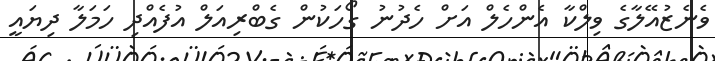
ވެނެޒުއޭލާގެ ވިލްކާ އެންހެލް އަށް ހެދުނު ގޯހަކުން ގެބްރިއަލް އުފެއްދި ހަމަލާ ދިޔައީ